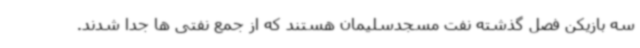
سه بازیکن فصل گذشته نفت مسجدسلیمان هستند که از جمع نفتی ها جدا شدند.